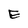
Character: E